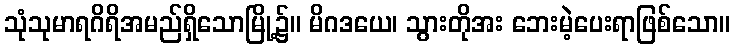
သုံသုမာရဂိရိအမည်ရှိသောမြို့၌။ မိဂဒယေ၊ သွားတိုအး ဘေးမဲ့ပေးရာဖြစ်သော။